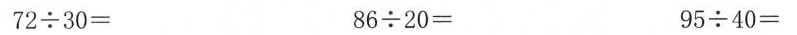
$$7 2 \div 3 0 =$$ $$8 6 \div 2 0 =$$ $$9 5 \div 4 0 =$$